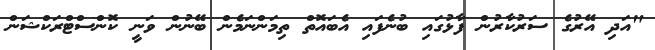
"އަދި އޭރުގެ ސަރުކާރުން ފާޅުގައި ބުނެފައި އެބައޮތް ތިމަންނަމެން ބޭނުން ވަނީ ކޮންސްޓްރަކްޝަން